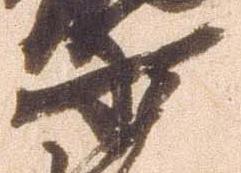
少